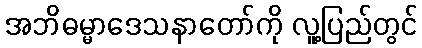
အဘိဓမ္မာဒေသနာတော်ကို လူ့ပြည်တွင်